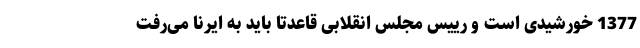
1377 خورشیدی است و رییس مجلس انقلابی قاعدتاً باید به ایرنا می‌رفت